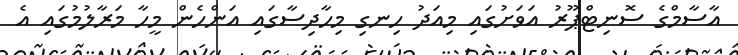
އާސާމްގެ ސޮނިޓްޕޫރު އަވަށުގައި މިއަދު ހިނގި މިހާދިސާގައި އަންހެން މީހާ މަރާލުމުގައި އެ